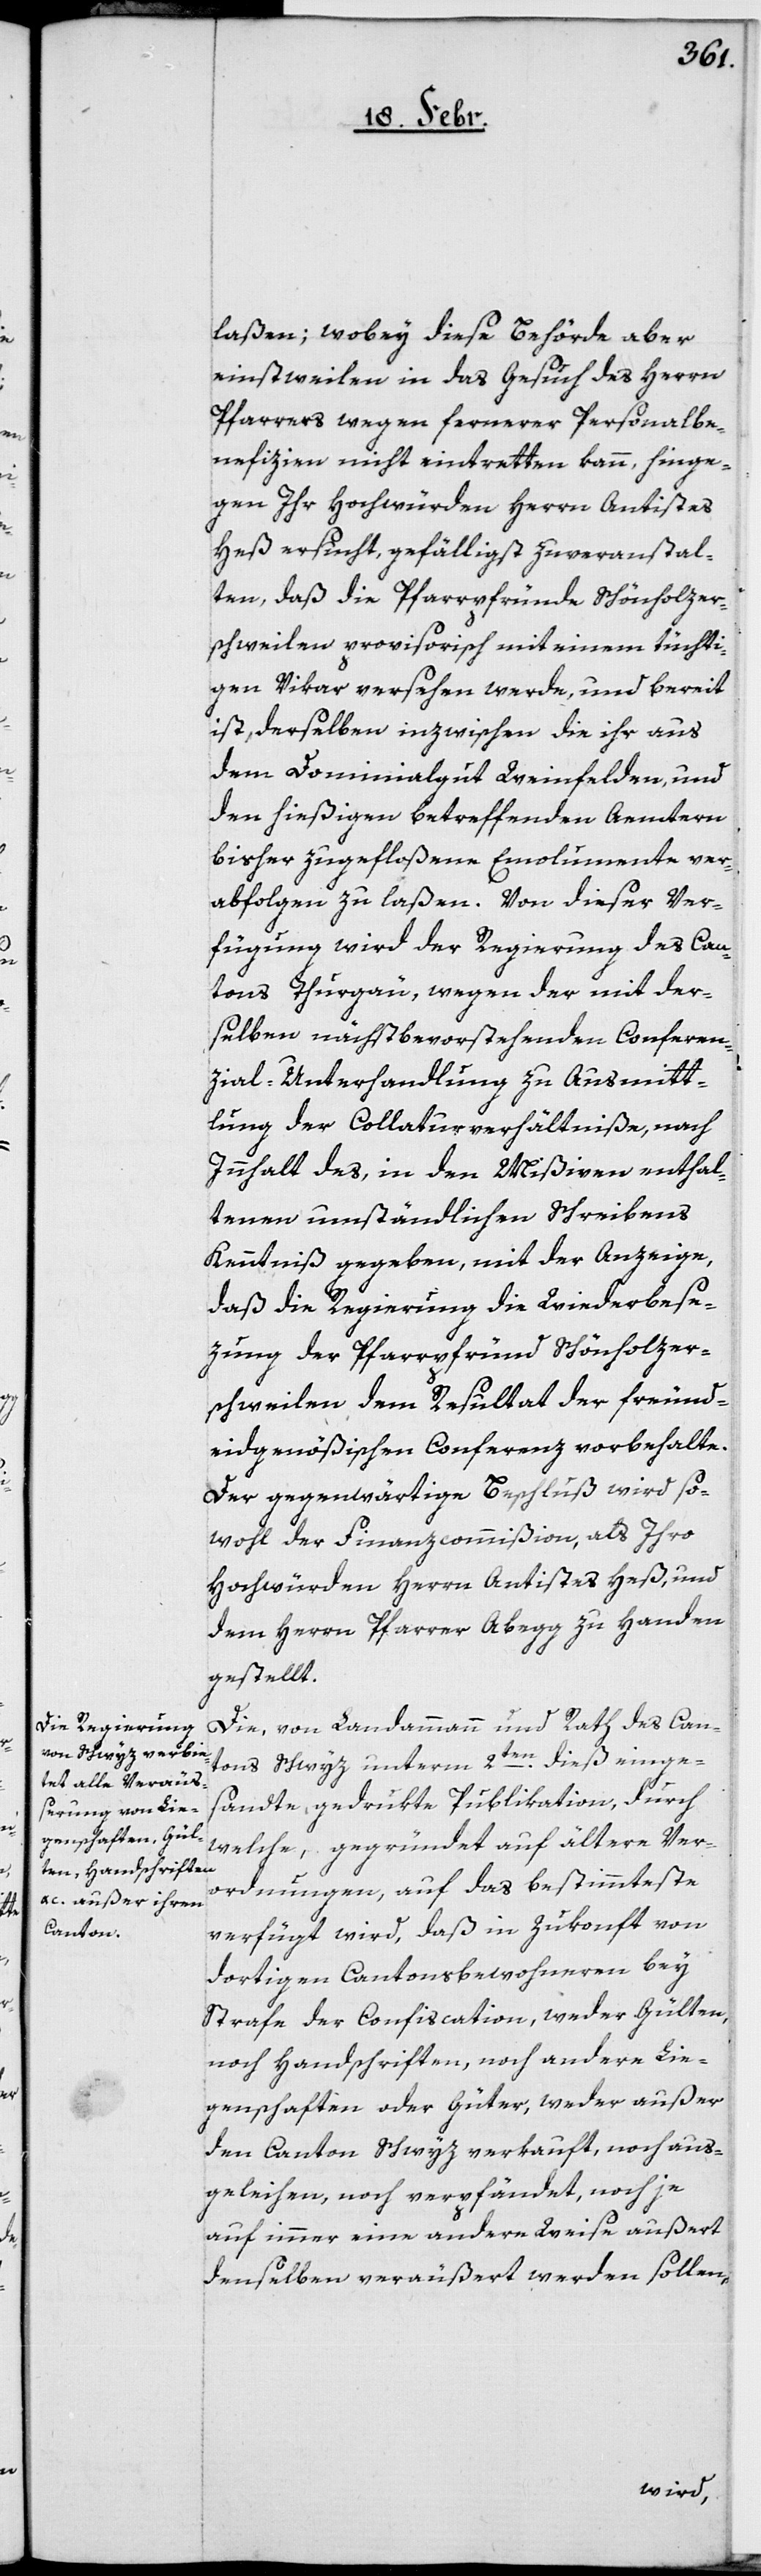
laßen; wobey diese Behörde aber
einstweilen in das Gesuch des Herrn
Pfarrers wegen fernerer Personalbe¬
nefizien nicht eintretten kann, hinge¬
gen Ihr Hochwürden Herrn Antistes
Heß ersucht, gefälligst zu veranstal¬
ten, daß die Pfarrpfründe Schönholzer¬
schweilen provisorisch mit einem tüchti¬
gen Vikar versehen werde, und bereit
ist, derselben inzwischen die ihr aus
dem Dominialgut Weinfelden, und
den hießigen betreffenden Aemtern
bisher zugefloßene Emolumente ver¬
abfolgen zu laßen. Von dieser Ver¬
fügung wird der Regierung des Can¬
tons Thurgäu, wegen der mit der¬
selben nächstbevorstehenden Conferen¬
zial-Unterhandlung zu Ausmitt¬
lung der Collaturverhältniße, nach
Innhalt des, in den Mißiven enthal¬
tenen umständlichen Schreibens
Kenntniß gegeben, mit der Anzeige,
daß die Regierung die Wiederbese¬
zung der Pfarrpfrund Schönholzer¬
schweilen, dem Resultat der freund¬
eidgenößischen Conferenz vorbehalte.
Der gegenwärtige Beschluß wird so¬
wohl der Finanzcommißion, als Ihro
Hochwürden Herrn Antistes Heß, und
dem Herrn Pfarrer Abegg zu Handen
gestellt.
Die, von Landammann und Rath des Can¬
tons Schwyz unterm 2ten. dieß einge¬
sandte, gedrukte Publikation, durch
welche, gegründet auf ältere Ver¬
ordnungen, auf das Bestimmteste
verfügt wird, daß in Zukonft von
dortigen Cantonsbewohneren bey
Strafe der Confiscation, weder Gülten
noch Handschriften, noch andere Lie¬
genschaften oder Güter, weder außer
den Canton Schwyz verkauft, noch aus¬
geleihen, noch verpfändet, noch je
auf immer eine andere Weise außert
denselben veräußert werden sollen,